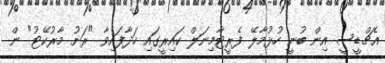
އެޗްޑީސީ އިން ބުނީ ހުޅުމާލޭ ފެރީޓާމިނަލް ކައިރީގައި ހަދާފައިވާ "ރަށު މާރުކޭޓު" ން